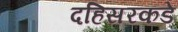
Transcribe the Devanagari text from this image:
दहिसरकडे